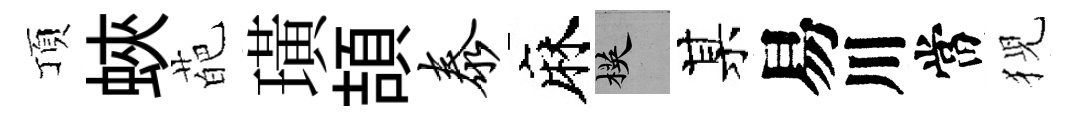
頂蛺葩璜頡泰麻楧某易川當猊